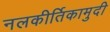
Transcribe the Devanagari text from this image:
नलकीर्तिकामुदी